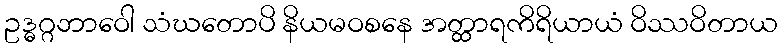
ဥဒ္ဓဂ္ဂဘာဝေါ သံဃတောပိ နိယမဝစနေ အတ္ထာရကိရိယာယံ ဝိဿဝိတာယ